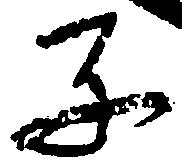
子